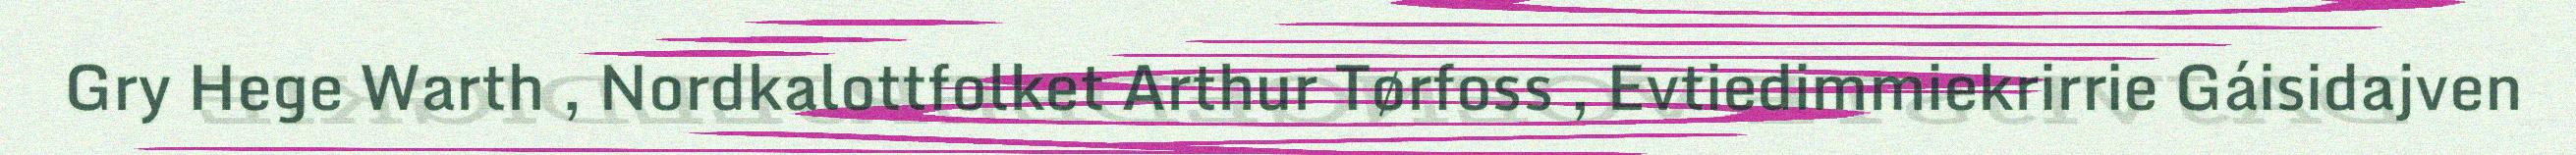
Gry Hege Warth , Nordkalottfolket Arthur Tørfoss , Evtiedimmiekrirrie Gáisidajven